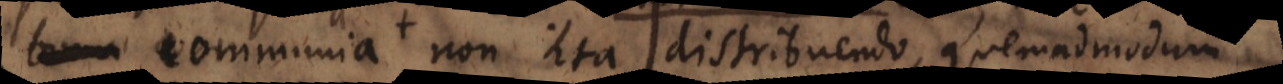
communia non ita distribuendo, quemadmodum